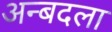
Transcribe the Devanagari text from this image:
अन्बदला